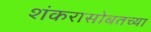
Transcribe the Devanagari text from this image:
शंकरासोबतच्या